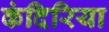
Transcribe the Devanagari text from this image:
कंदिरिया